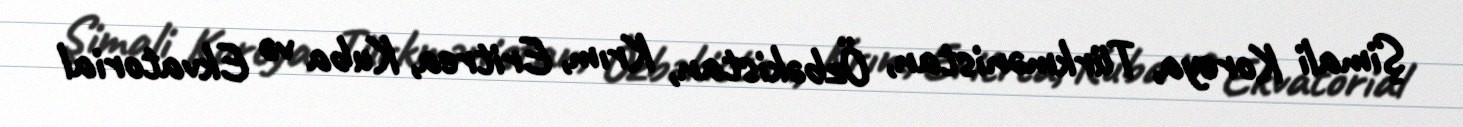
Şimali Koreya, Türkmənistan, Özbəkistan, Krım, Eritrea, Kuba və Ekvatorial